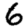
Digit: 6